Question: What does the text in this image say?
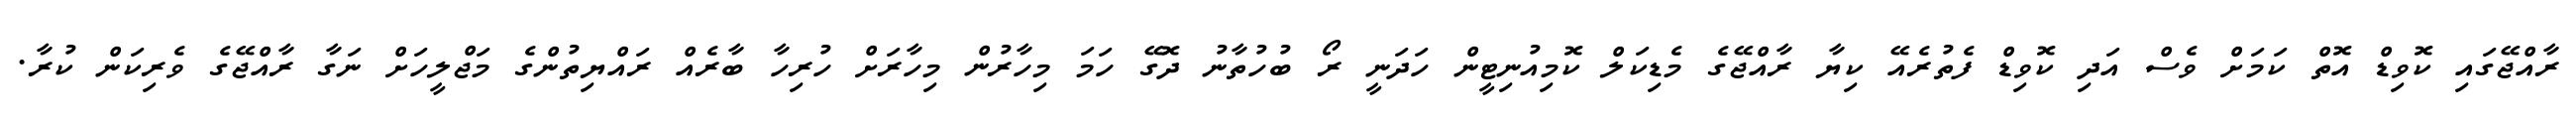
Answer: ރާއްޖޭގައި ކޮވިޑް އޮތް ކަމަށް ވެސް އަދި ކޮވިޑް ފެތުރެއޭ ކިޔާ ރާއްޖޭގެ މެޑިކަލް ކޮމިއުނިޓީން ހަދަނީ ރޯ ބުހުތާނު ދޮގޭ ހަމަ މިހާރުން މިހާރަށް ހުރިހާ ބާރެއް ރައްޔިތުންގެ މަޖްލީހަށް ނަގާ ރާއްޖޭގެ ވެރިކަން ކުރާ.